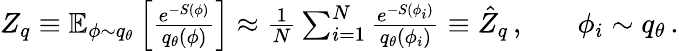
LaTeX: \begin{array}{rlr}{Z_{q}\equiv\mathbb{E}_{\phi\sim q_{\theta}}\left[\frac{e^{-S(\phi)}}{q_{\theta}(\phi)}\right]\approx\frac{1}{N}\sum_{i=1}^{N}\frac{e^{-S(\phi_{i})}}{q_{\theta}(\phi_{i})}\equiv\hat{Z}_{q}\, ,}&{}&{\phi_{i}\sim q_{\theta}\, .}\end{array}